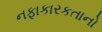
નફાકારકતાનો